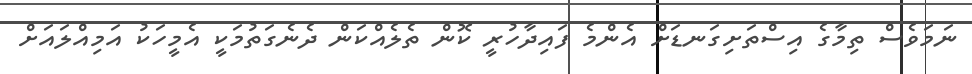
ނަމަވެސް ތިމާގެ އިސްތަށިގަނޑަށް އެންމެ ފައިދާހުރީ ކޮން ތެލެއްކަން ދެނެގަތުމަކީ އެމީހަކު އަމިއްލައަށް